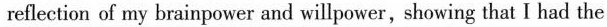
reflection of my brainpower and willpower, showing that I had the